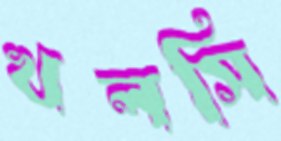
খলসি